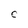
Character: C